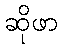
ဆိုဖာ